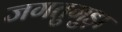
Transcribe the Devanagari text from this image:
जगतुगुड़ा